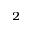
_ 2